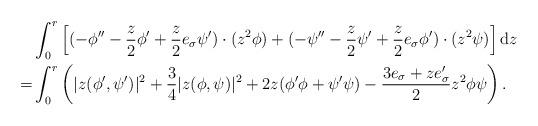
LaTeX: \begin{align*}& \int_0^r \left[(-\phi''-\frac{z}{2}\phi'+\frac{z}{2}e_\sigma\psi')\cdot (z^{2}\phi) +(-\psi''-\frac{z}{2}\psi'+\frac{z}{2}e_\sigma\phi')\cdot (z^{2}\psi)\right]{\rm{d}}z\\ =&\int_0^r \left( |z(\phi',\psi')|^2+\frac{3}{4} |z(\phi,\psi)|^2+2z(\phi'\phi+\psi'\psi)- \frac{3 e_\sigma+ze_\sigma'}{2}z^{2}\phi\psi\right).\end{align*}